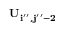
\bf { U } _ { i ^ { \prime \prime } , j ^ { \prime \prime } - 2 }